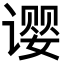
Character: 𬤚